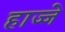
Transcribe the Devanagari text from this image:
हाज्जे